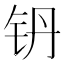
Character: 𮷼